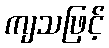
ကျသဖြင့်